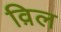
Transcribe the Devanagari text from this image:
व़िल